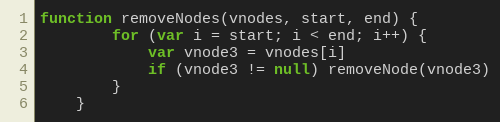
Language: JavaScript
function removeNodes(vnodes, start, end) {
		for (var i = start; i < end; i++) {
			var vnode3 = vnodes[i]
			if (vnode3 != null) removeNode(vnode3)
		}
	}